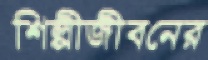
শিল্পীজীবনের